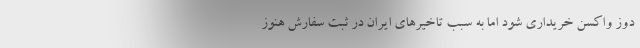
دوز واکسن خریداری شود اما به سبب تاخیرهای ایران در ثبت سفارش هنوز